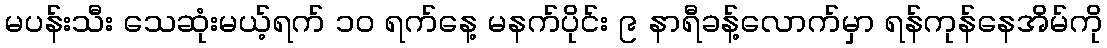
မပန်းသီး သေဆုံးမယ့်ရက် ၁၀ ရက်နေ့ မနက်ပိုင်း ၉ နာရီခန့်လောက်မှာ ရန်ကုန်နေအိမ်ကို